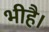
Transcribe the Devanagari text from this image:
भीहै।